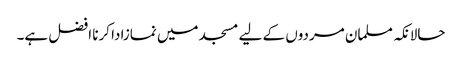
حالانکہ مسلمان مردوں کے لیے مسجد میں نمازادا کرنا افضل ہے۔